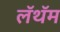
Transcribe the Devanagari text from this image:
लॅथॅम